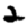
Digit: 2